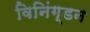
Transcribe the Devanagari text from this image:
विनिंग्डन